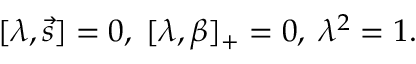
[ \lambda , \vec { s } ] = 0 , \; [ \lambda , \beta ] _ { + } = 0 , \; \lambda ^ { 2 } = 1 .